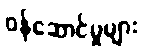
ဝန်ဆောင်မှုများ